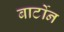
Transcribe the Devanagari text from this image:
बार्टोन